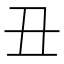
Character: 丑